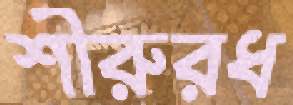
শীরুরধ